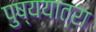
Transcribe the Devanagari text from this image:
पुष्ययात्रा